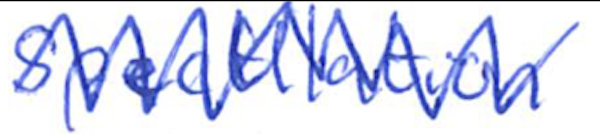
Text: speculation
Cross-out: zig-zag
Writing tool: ballpoint